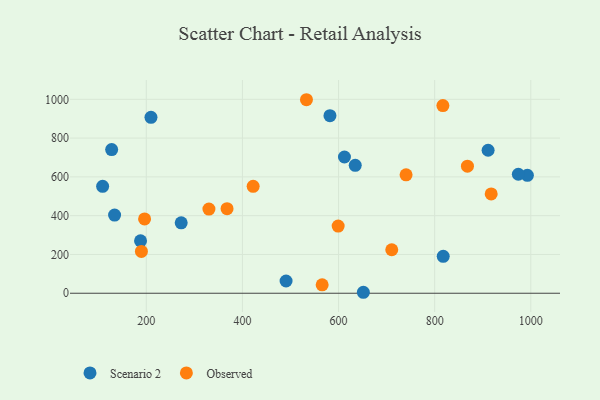
{"axis": {"x": "Study Hours", "y": "Sales"}, "legend": ["Observed", "Scenario 2"], "data": [{"x": "612.3", "y": 702.5, "type": "Scenario 2"}, {"x": "582.1", "y": 915.8, "type": "Scenario 2"}, {"x": "134.0", "y": 403.2, "type": "Scenario 2"}, {"x": "992.9", "y": 608.1, "type": "Scenario 2"}, {"x": "272.6", "y": 363.0, "type": "Scenario 2"}, {"x": "817.8", "y": 190.3, "type": "Scenario 2"}, {"x": "974.1", "y": 613.5, "type": "Scenario 2"}, {"x": "127.9", "y": 740.9, "type": "Scenario 2"}, {"x": "911.2", "y": 737.3, "type": "Scenario 2"}, {"x": "188.0", "y": 270.1, "type": "Scenario 2"}, {"x": "209.7", "y": 907.0, "type": "Scenario 2"}, {"x": "109.1", "y": 551.3, "type": "Scenario 2"}, {"x": "634.7", "y": 659.7, "type": "Scenario 2"}, {"x": "490.8", "y": 63.1, "type": "Scenario 2"}, {"x": "651.6", "y": 5.0, "type": "Scenario 2"}, {"x": "565.9", "y": 43.4, "type": "Observed"}, {"x": "868.2", "y": 655.2, "type": "Observed"}, {"x": "189.8", "y": 215.6, "type": "Observed"}, {"x": "740.5", "y": 610.6, "type": "Observed"}, {"x": "710.7", "y": 224.3, "type": "Observed"}, {"x": "533.2", "y": 997.9, "type": "Observed"}, {"x": "917.6", "y": 512.0, "type": "Observed"}, {"x": "330.3", "y": 434.2, "type": "Observed"}, {"x": "368.0", "y": 436.0, "type": "Observed"}, {"x": "422.3", "y": 551.3, "type": "Observed"}, {"x": "196.4", "y": 383.2, "type": "Observed"}, {"x": "599.2", "y": 346.3, "type": "Observed"}, {"x": "817.1", "y": 967.9, "type": "Observed"}]}